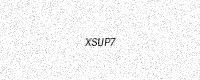
Text: XSUP7